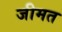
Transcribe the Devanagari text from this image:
जीमत